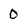
Character: O